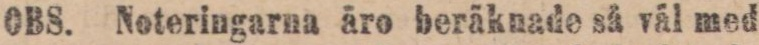
OBS. Noteringarna äro beräknade så vål med